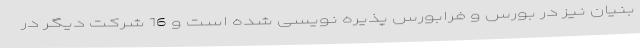
بنیان نیز در بورس و فرابورس پذیره نویسی شده است و 16 شرکت دیگر در